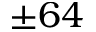
\pm 6 4